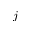
j